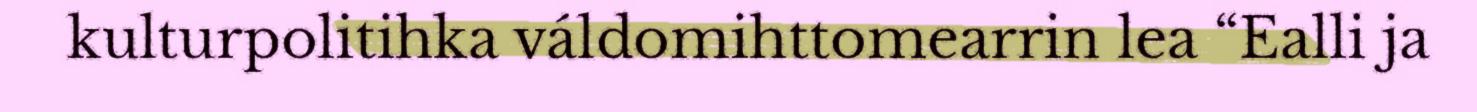
kulturpolitihka váldomihttomearrin lea “Ealli ja